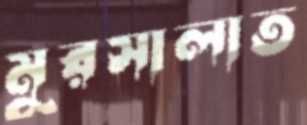
মুরসালাত